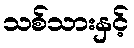
သစ်သားနှင့်